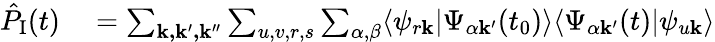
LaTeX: \begin{array}{rl}{\hat{P}_{\textrm{I}}(t)}&{{}=\sum_{\mathbf{k,k^{\prime},k^{\prime\prime}}}\sum_{u,v,r,s}\sum_{\alpha,\beta}\langle\psi_{r\mathbf{k}}|\Psi_{\alpha\mathbf{k^{\prime}}}(t_{0})\rangle\langle\Psi_{\alpha\mathbf{k^{\prime}}}(t)|\psi_{u\mathbf{k}}\rangle}\end{array}